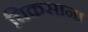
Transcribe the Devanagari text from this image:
चिकसाना